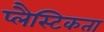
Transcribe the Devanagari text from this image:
प्लैस्टिकता